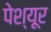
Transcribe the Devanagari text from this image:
पेश्यूर